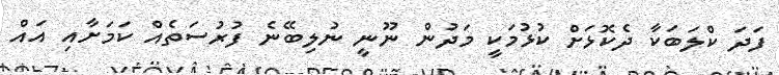
ފަދަ ކްލަބަކާ ދެކޮޅަށް ކުޅުމަކީ މަދުން ނޫނީ ނުލިބޭނެ ފުރުސަތެއް ކަމަށާއި އައް